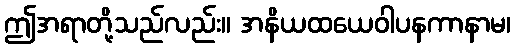
ဤအရာတို့သည်လည်း။ အနိယထယေဝါပနကာနာမ၊